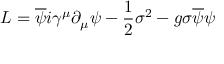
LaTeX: { \cal L } = \overline { { { \psi } } } i \gamma ^ { \mu } \partial _ { \mu } \psi - \frac { 1 } { 2 } { \sigma } ^ { 2 } - g \sigma \overline { { { \psi } } } \psi